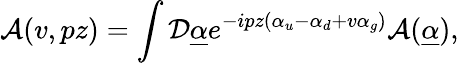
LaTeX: {\cal A}(v,pz)=\int{\cal D}\underline{{{\alpha}}}e^{-ipz(\alpha_{u}-\alpha_{d}+v\alpha_{g})}{\cal A}(\underline{{{\alpha}}}),